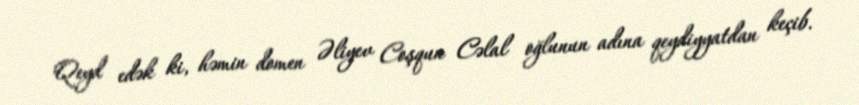
Qeyd edək ki, həmin domen Əliyev Coşqun Cəlal oğlunun adına qeydiyyatdan keçib.